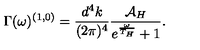
\Gamma ( \omega ) ^ { ( 1 , 0 ) } = \frac { d ^ { 4 } k } { ( 2 \pi ) ^ { 4 } } \frac { { \cal A } _ { H } } { e ^ { \frac { \omega } { T _ { H } } } + 1 } .